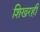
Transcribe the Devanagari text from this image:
शिखरही